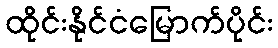
ထိုင်းနိုင်ငံမြောက်ပိုင်း